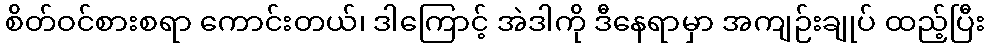
စိတ်ဝင်စားစရာ ကောင်းတယ်၊ ဒါကြောင့် အဲဒါကို ဒီနေရာမှာ အကျဉ်းချုပ် ထည့်ပြီး